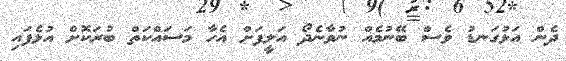
ދެން އަޅުގަނޑު ވެސް ބޭނުމެއް ނުވާނެދޯ އަލީފަށް އެހާ މަސައްކަތް ބުރަކޮށް އުޅެފައި